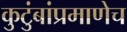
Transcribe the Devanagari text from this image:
कुटुंबांप्रमाणेच